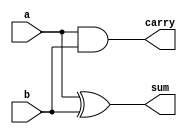
module half_adder(input a, input b, output sum, output carry);
    xor(sum, a, b);
    and(carry, a, b);
endmodule
module half_adder_tb;
    reg a, b;
    wire sum, carry;
    
    half_adder dut(a, b, sum, carry);
    
    initial begin
        $monitor("a=%b, b=%b, sum=%b, carry=%b", a, b, sum, carry);
        #5 a = 0; b = 0;
        #5 a = 0; b = 1;
        #5 a = 1; b = 0;
        #5 a = 1; b = 1;
        #5 $finish;
    end
endmodule